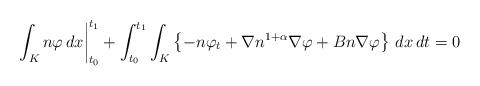
LaTeX: \begin{align*}\left. \int_{K} n \varphi \,dx \right|_{t_0}^{t_1} +\int_{t_0}^{t_1}\int_{K} \left\{ -n\varphi_{t} + \nabla n^{1 +\alpha}\nabla \varphi + B n \nabla \varphi \right\} \,dx\,dt = 0\end{align*}